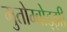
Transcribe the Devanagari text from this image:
मुतोम्बोड्झी